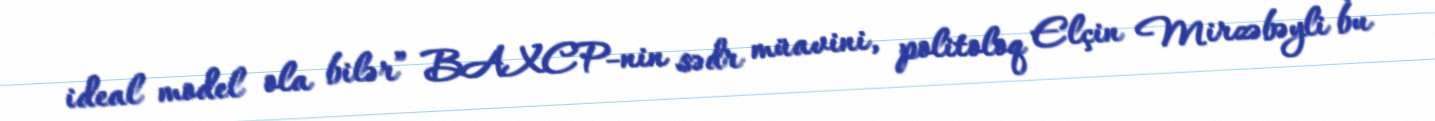
ideal model ola bilər” BAXCP-nin sədr müavini, politoloq Elçin Mirzəbəyli bu